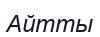
Айтты